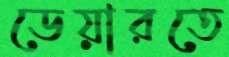
ডেয়ারতে